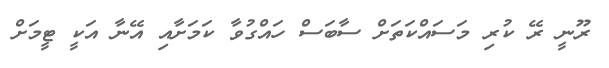
ރޫނީ ރޭ ކުރި މަސައްކަތަށް ސާބަސް ހައްގުވާ ކަމަށާއި އޭނާ އަކީ ޓީމަށް